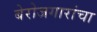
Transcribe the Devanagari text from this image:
बेरोजगारांचा